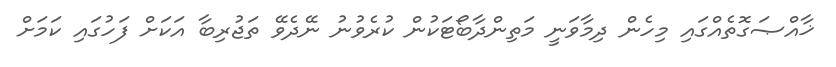
ޚާއްޞަގޮތެއްގައި މިހެން ދިމާވަނީ މަތިންދާބޯޓަކުން ކުރެވުނު ނޭދެވޭ ތަޖުރިބާ އަކަށް ފަހުގައި ކަމަށް